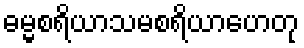
ဓမ္မစရိယာသမစရိယာဟေတု